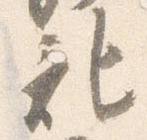
記